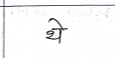
मजकूर: थे